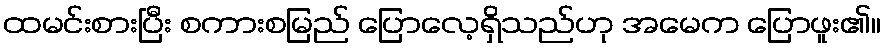
ထမင်းစားပြီး စကားစမြည် ပြောလေ့ရှိသည်ဟု အမေက ပြောဖူး၏။